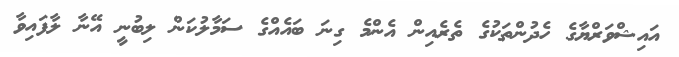
އައިޝްވަރްޔާގެ ހެދުންތަކުގެ ތެރެއިން އެންމެ ގިނަ ބައެއްގެ ސަމާލުކަން ލިބުނީ އޭނާ ލާފައިވާ